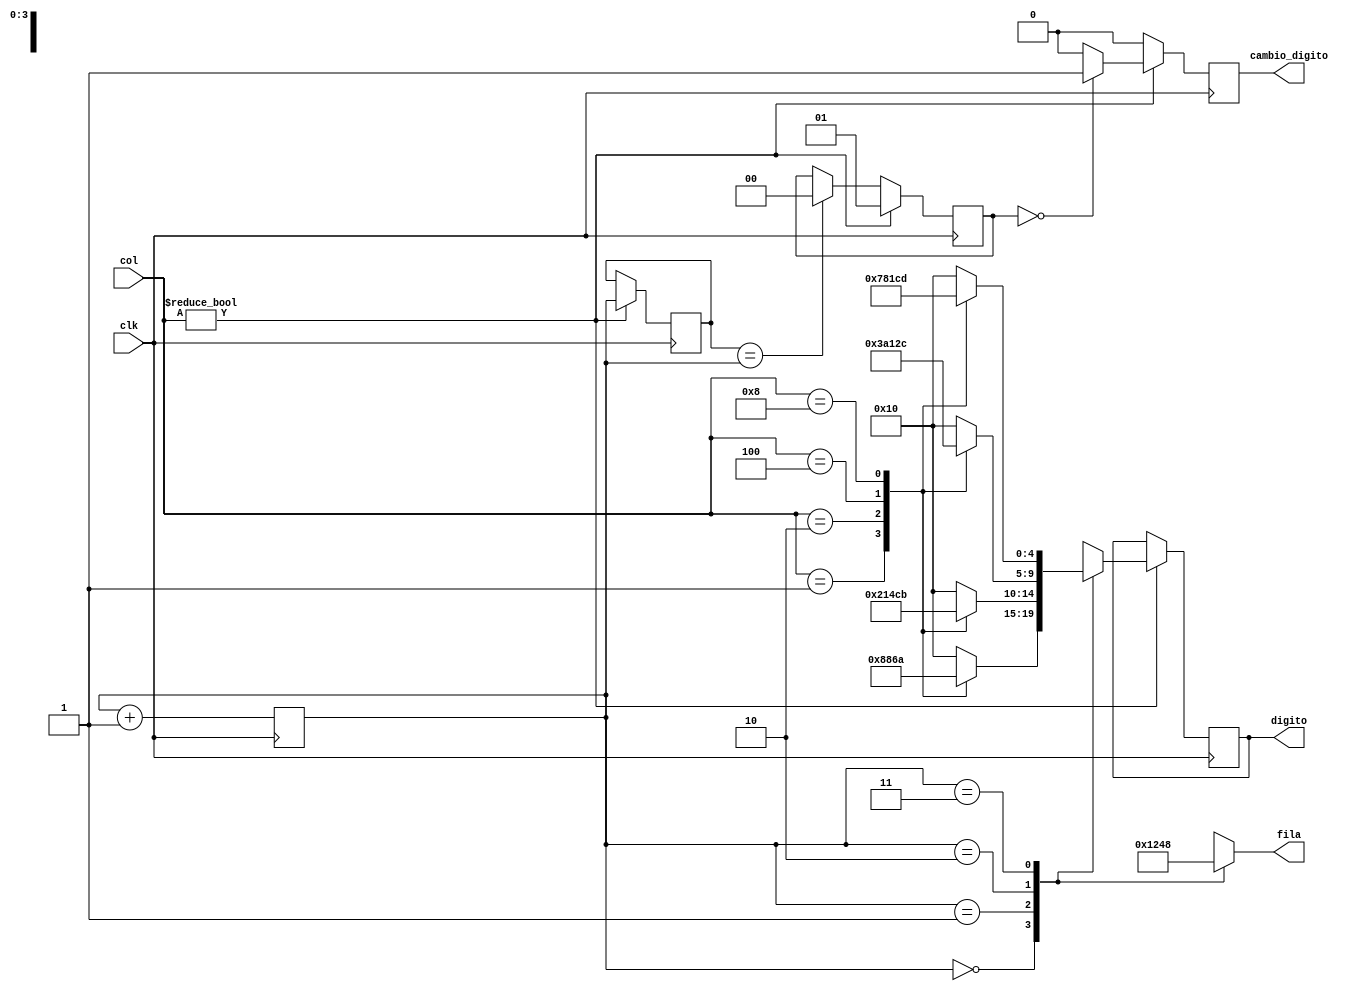
module Driver_teclado(
	input clk,		//clk de 100Hz
	input [3:0] col,
	output reg[3:0] fila,
	output reg [4:0] digito = 5'd16,
	output reg cambio_digito = 0
);

 
reg [4:0] aux = 5'd16;
reg [1:0] estado,est, pulso = 2'd0;

parameter fila_1 = 4'b0001, col_1 = 4'b0001,
		  fila_2 = 4'b0010, col_2 = 4'b0010,
		  fila_3 = 4'b0100, col_3 = 4'b0100,
		  fila_4 = 4'b1000, col_4 = 4'b1000;

always @(posedge clk) begin
	begin
	estado <= estado + 2'd1;
	end
end

always@(posedge clk) begin
	if(col != 4'b0000) begin
		digito <= aux;
		est <= estado;
		if(pulso == 2'd0) begin
			cambio_digito <= 1'd1;
			pulso <= 2'd1;
		end
		else begin
			cambio_digito <= 1'd0;
			pulso <= 2'd1;
		end
	end
	else begin
		digito <= digito;
		cambio_digito <= 1'd0;
		if(est == estado)
			pulso <= 2'd0;
	end
end


always @(*) begin
	case(estado)
		2'd0: begin
					fila<=fila_1;
					case(col)
						col_1: aux <= 5'd1;
						col_2: aux <= 5'd2;
						col_3: aux <= 5'd3;
						col_4: aux <= 5'hA;
						default: aux <= 5'd16;
					endcase
				 end
		2'd1: begin
					fila<=fila_2;
					case(col)
						col_1: aux <= 5'd4;
						col_2: aux <= 5'd5;
						col_3: aux <= 5'd6;
						col_4: aux <= 5'hB;
						default: aux <= 5'd16;
					endcase
				 end
		2'd2: begin
					fila<=fila_3;
					case(col)
						col_1: aux <= 5'd7;
						col_2: aux <= 5'd8;
						col_3: aux <= 5'd9;
						col_4: aux <= 5'hC;
						default: aux <= 5'd16;
					endcase
				 end
		2'd3: begin
					fila<=fila_4;
					case(col)
						col_1: aux <= 5'hF;
						col_2: aux <= 5'd0;
						col_3: aux <= 5'hE;
						col_4: aux <= 5'hD;
						default: aux <= 5'd16;
					endcase
				 end
		default: begin
					aux <= 5'd17;
				 end
	endcase
end

endmodule